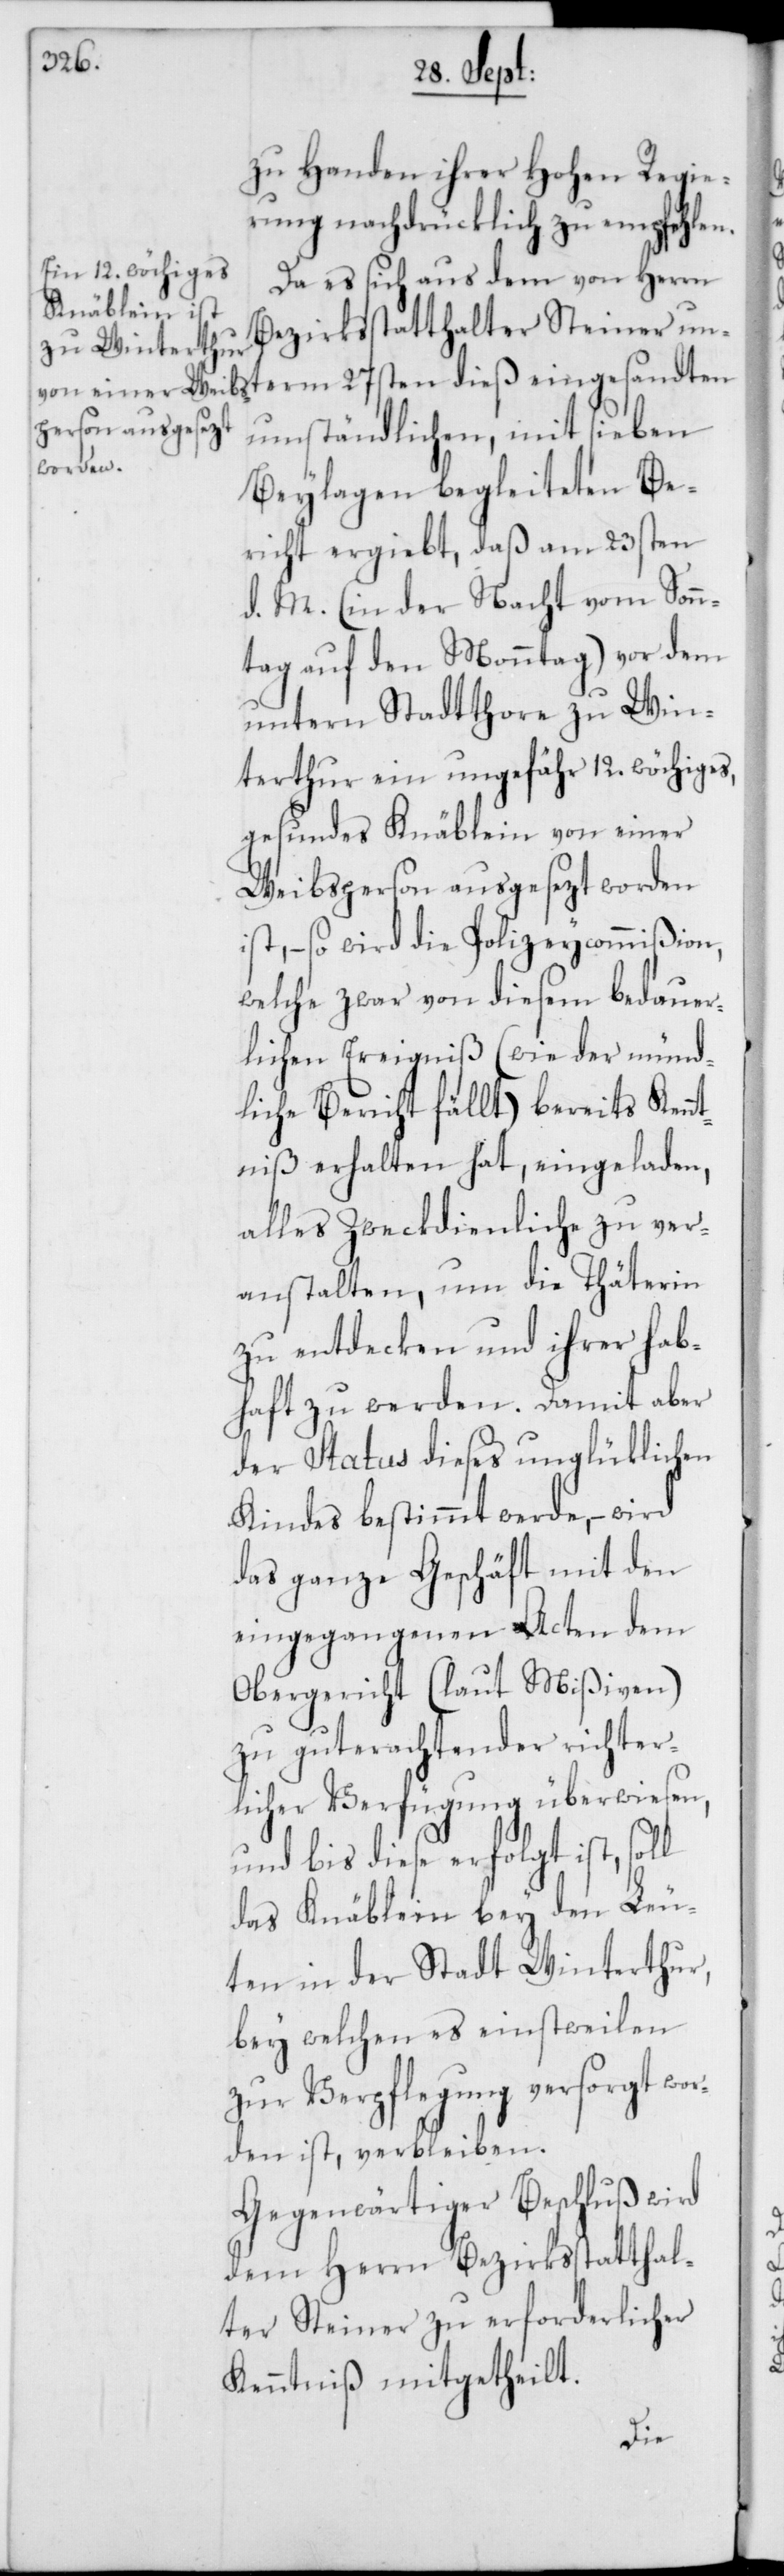
zu Handen ihrer Hohen Regie¬
rung nachdrücklich zu empfehlen.
Da es sich aus dem von Herrn
Bezirksstatthalter Steiner unterm
umständlichen, mit sieben
Beylagen begleiteten Be¬
richt ergiebt, daß am 23sten
d. M. (in der Nacht vom Sonn¬
tag auf den Monntag) vor dem
untern Stadtthore zu Win¬
terthur ein ungefähr 12. wöchiges,
gesundes Knäblein von einer
Weibsperson ausgesezt worden
ist, – so wird die Polizeycommißion,
welche zwar von diesem bedauer¬
lichen Ereigniß (wie der münd¬
liche Bericht fällt) bereits Kennt¬
niß erhalten hat, eingeladen,
alles Zweckdienliche zu ver¬
anstalten, um die Thäterin
zu entdecken und ihrer hab¬
haft zu werden. Damit aber
der Status dieses unglüklichen
Kindes bestimmt werde, – wird
das ganze Geschäft mit den
eingegangenen Acten dem
Obergericht (laut Mißiven)
zu guterachtender richter¬
licher Verfügung überwiesen,
und bis diese erfolgt ist,
das Knäblein bey den Leu¬
ten in der Stadt Winterthur,
bey welchen es einstweilen
zur Verpflegung versorgt wor¬
den ist, verbleiben.
Gegenwärtiger Beschluß wird
dem Herrn Bezirksstatthal¬
ter Steiner zu erforderlicher
Kenntniß mitgetheilt.
dieß